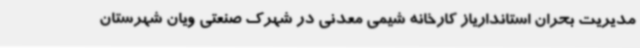
مدیریت بحران استانداریاز کارخانه شیمی معدنی در شهرک صنعتی ویان شهرستان